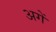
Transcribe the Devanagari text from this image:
अगें